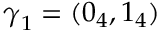
\boldsymbol { \gamma } _ { 1 } = ( \boldsymbol { 0 } _ { 4 } , \boldsymbol { 1 } _ { 4 } )